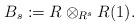
LaTeX: \begin{align*}B_{s} := R \otimes_{R^s} R (1).\end{align*}